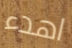
اهدء